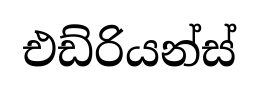
එඩ්රියන්ස්